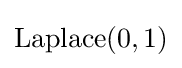
{\textrm {Laplace}}(0,1)